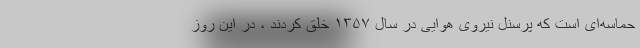
حماسه‌ای است که پرسنل نیروی هوایی در سال ۱۳۵۷ خلق کردند ، در این روز